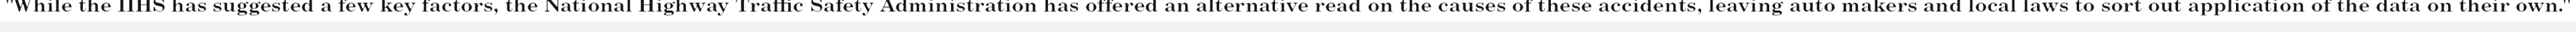
"While the IIHS has suggested a few key factors, the National Highway Traffic Safety Administration has offered an alternative read on the causes of these accidents, leaving auto makers and local laws to sort out application of the data on their own."